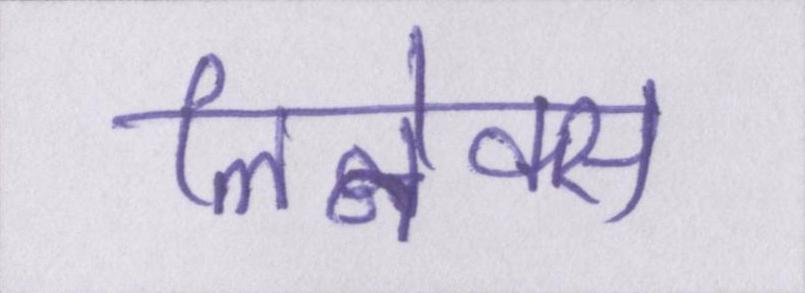
लिनेक्स